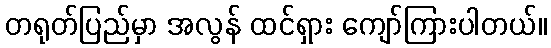
တရုတ်ပြည်မှာ အလွန် ထင်ရှား ကျော်ကြားပါတယ်။